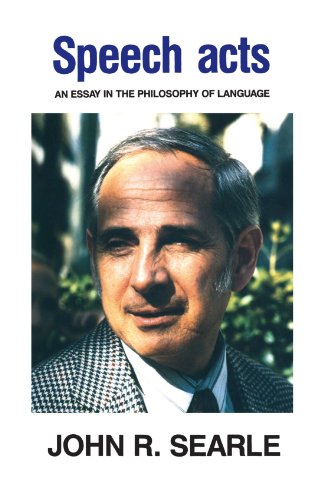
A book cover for Speech Acts: An Essay in the Philosophy of Language; John R. Searle; Politics & Social Sciences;